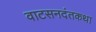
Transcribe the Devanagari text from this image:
वाटसनदंतकथा